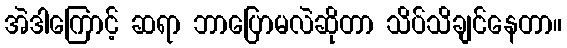
အဲဒါကြောင့် ဆရာ ဘာပြောမလဲဆိုတာ သိပ်သိချင်နေတာ။